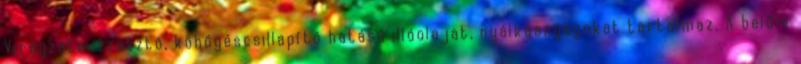
Virágzata izzasztó, köhögéscsillapító hatású illóolajat, nyálkaanyagokat tartalmaz. A belőle